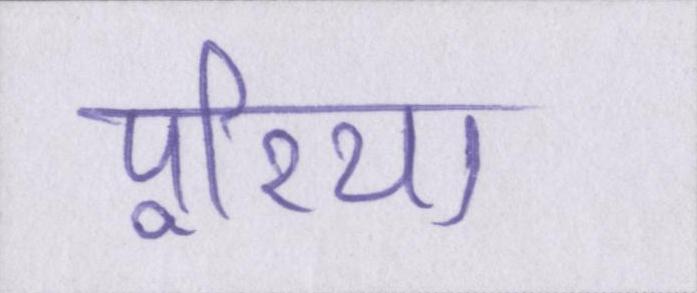
पूरिया